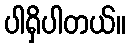
ပါရှိပါတယ်။